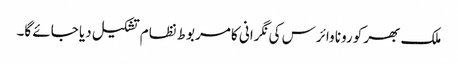
ملک بھر کورونا وائرس کی نگرانی کا مربوط نظام تشکیل دیا جائے گا۔